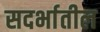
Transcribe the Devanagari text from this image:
सदर्भातील